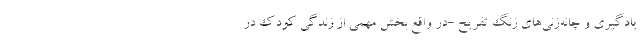
یادگیری و چانه‌زنی‌های زنگ تفریح -در واقع بخش مهمی از زندگی کودک در